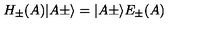
H _ { \pm } ( A ) \vert A \pm \rangle = \vert A \pm \rangle E _ { \pm } ( A )